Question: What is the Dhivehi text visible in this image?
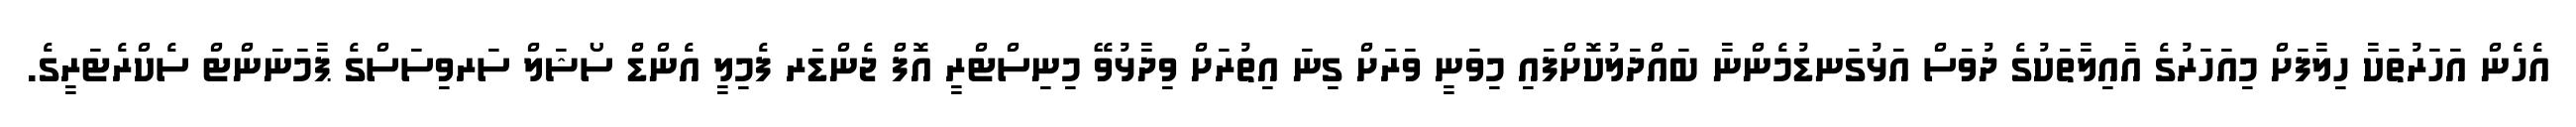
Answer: އެހެން އަހަރުތަކާ ހިލާފަށް މިއަހަރުގެ އާއިލާތަކުގެ ދުވަސް އަޅުގަނޑުމެންނާ ބައްދަލުކޮށްފައި މިވަނީ ވަރަށް ގިނަ އިތުރަށް ވިދާޅުވޭ މިނިސްޓްރީ އޮފް ޖެންޑަރ ފެމިލީ އެންޑް ސޯޝަލް ސަރވިސަސްގެ ޕާމަނަންޓް ސެކްރެޓަރީގެ.